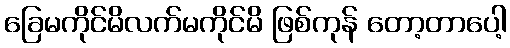
ခြေမကိုင်မိလက်မကိုင်မိ ဖြစ်ကုန် တော့တာပေါ့